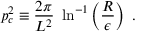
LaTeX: p _ { c } ^ { 2 } \equiv { \frac { 2 \pi } { L ^ { 2 } } } ~ \ln ^ { - 1 } \left( \frac { R } { \epsilon } \right) ~ .